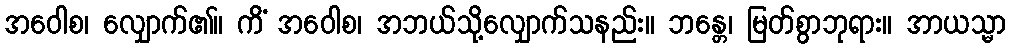
အဝေါစ၊ လျှောက်၏။ ကိံ အဝေါစ၊ အဘယ်သို့လျှောက်သနည်း။ ဘန္တေ၊ မြတ်စွာဘုရား။ အာယသ္မာ